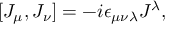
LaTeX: [ J _ { \mu } , J _ { \nu } ] = - i \epsilon _ { \mu \nu \lambda } J ^ { \lambda } ,